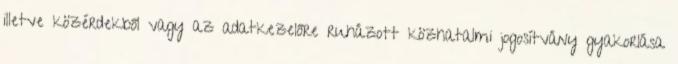
illetve közérdekből vagy az adatkezelőre ruházott közhatalmi jogosítvány gyakorlása